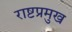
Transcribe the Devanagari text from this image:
राष्टप्रमुख